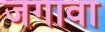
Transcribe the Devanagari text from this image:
जगावा